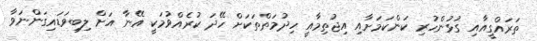
ތަރައްގީއާއި ގުޅުންހުރި ކަންކަމަށާއި އިޖުތިމާއީ ހިދުމަތްތަކަށް ހޭދަ ކުރެއްވުމަކީ އޭނާ އަށް ލިބިވަޑައިގަންނަވާ